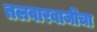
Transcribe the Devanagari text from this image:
तलवारबाजीचा